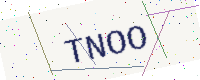
Text: TNOO